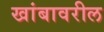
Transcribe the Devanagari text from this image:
खांबावरील